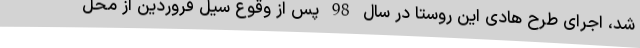
شد، اجرای طرح هادی این روستا در سال 98 پس از وقوع سیل فروردین از محل